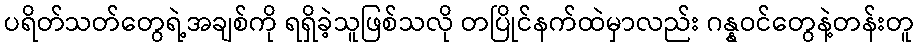
ပရိတ်သတ်တွေရဲ့အချစ်ကို ရရှိခဲ့သူဖြစ်သလို တပြိုင်နက်ထဲမှာလည်း ဂန္နဝင်တွေနဲ့တန်းတူ